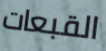
القبعات